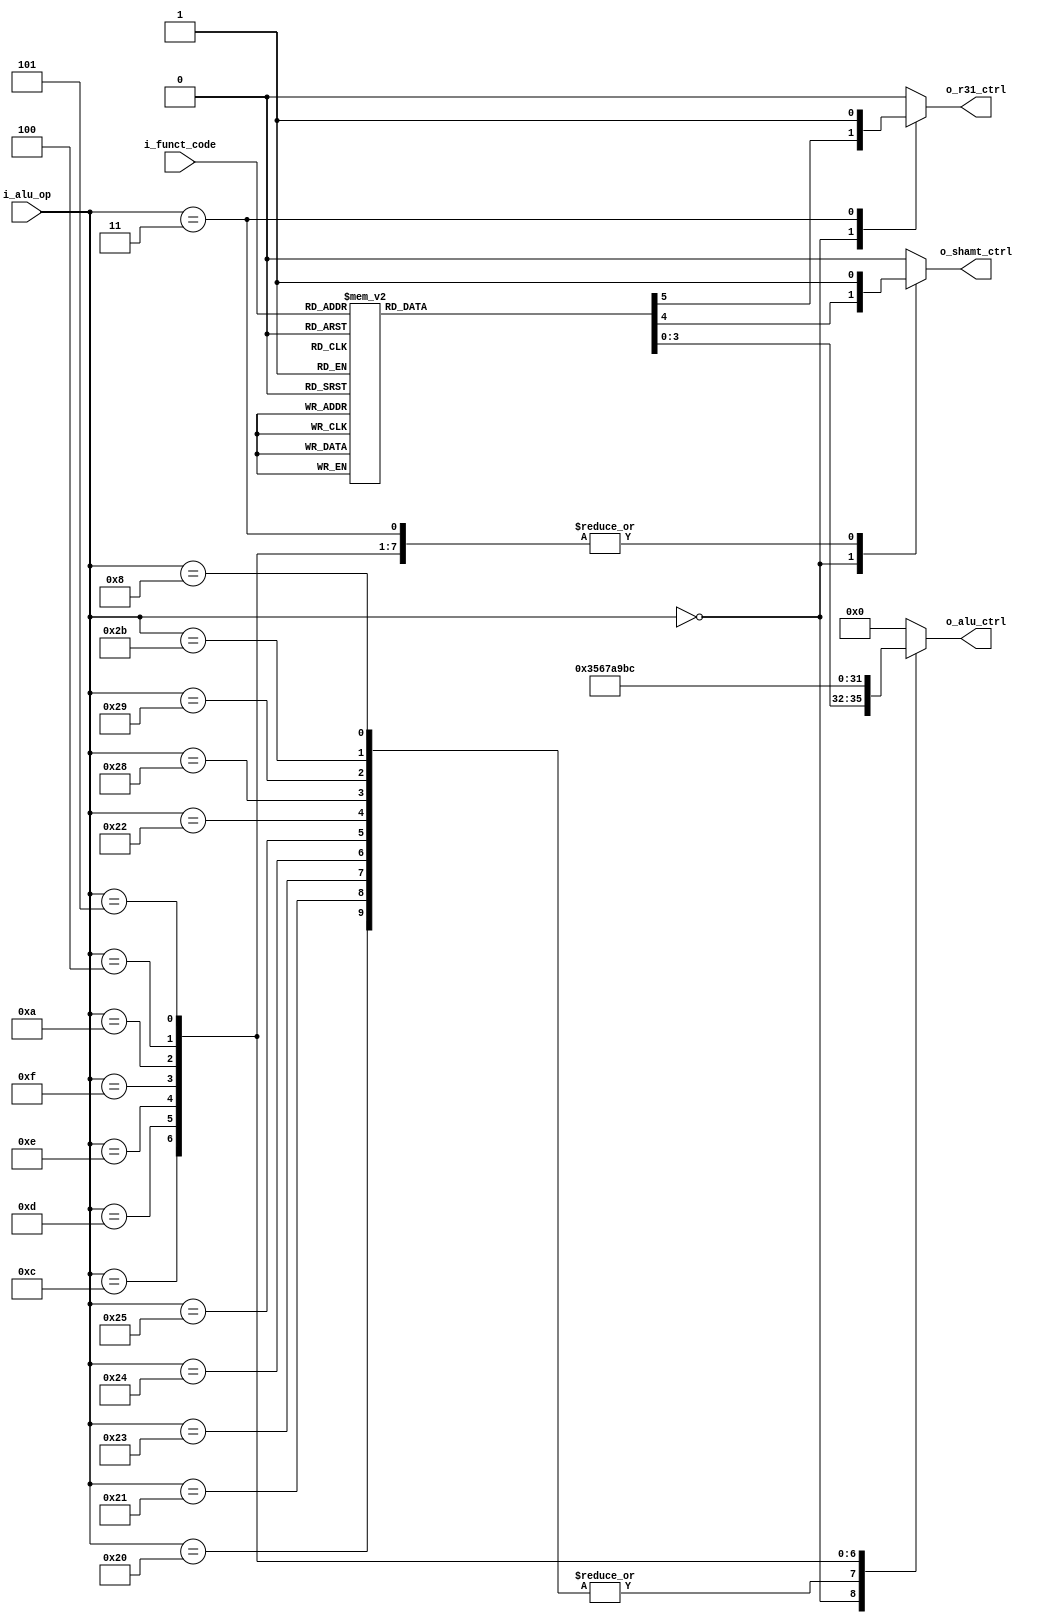
module alu_control#(
        parameter   NB_FCODE        = 6,
        parameter   NB_OPCODE       = 6,
        parameter   NB_ALU_CTRLI    = 4,
        //Function codes
        parameter   SLL_FCODE   = 6'h00,
        parameter   SRL_FCODE   = 6'h02,
        parameter   SRA_FCODE   = 6'h03,
        parameter   SLLV_FCODE  = 6'h04,
        parameter   SRLV_FCODE  = 6'h06,
        parameter   SRAV_FCODE  = 6'h07,
        parameter   JALR_FCODE  = 6'h09,
        parameter   ADD_FCODE   = 6'h20,
        parameter   ADDU_FCODE  = 6'h21,
        parameter   SUB_FCODE   = 6'h22,
        parameter   SUBU_FCODE  = 6'h23,
        parameter   AND_FCODE   = 6'h24,
        parameter   OR_FCODE    = 6'h25,
        parameter   XOR_FCODE   = 6'h26,
        parameter   NOR_FCODE   = 6'h27,
        parameter   SLT_FCODE   = 6'h2a,
        //Instruction OPCODEs
        parameter   RTYPE_OPCODE    = 6'h00,
        parameter   JAL_OPCODE      = 6'h03, // JTYPE JAL
        parameter   BEQ_OPCODE      = 6'h04, // ITYPE BEQ
        parameter   BNE_OPCODE      = 6'h05, // ITYPE BNE
        parameter   ADDI_OPCODE     = 6'h08, // ITYPE ADDI
        parameter   SLTI_OPCODE     = 6'h0a, // ITYPE SLTI
        parameter   ANDI_OPCODE     = 6'h0c, // ITYPE ANDI
        parameter   ORI_OPCODE      = 6'h0d, // ITYPE ORI
        parameter   XORI_OPCODE     = 6'h0e, // ITYPE XORI
        parameter   LUI_OPCODE      = 6'h0f, // ITYPE LUI
        parameter   LB_OPCODE       = 6'h20, // ITYPE LB
        parameter   LH_OPCODE       = 6'h21, // ITYPE LH
        parameter   LHU_OPCODE      = 6'h22, // ITYPE LHU
        parameter   LW_OPCODE       = 6'h23, // ITYPE LW
        parameter   LWU_OPCODE      = 6'h24, // ITYPE LWU
        parameter   LBU_OPCODE      = 6'h25, // ITYPE LBU
        parameter   SB_OPCODE       = 6'h28, // ITYPE SB
        parameter   SH_OPCODE       = 6'h29, // ITYPE SH
        parameter   SW_OPCODE       = 6'h2b  // ITYPE SW
    )
    (
        input      [NB_FCODE-1     : 0] i_funct_code, // Codigo de funcion para instrucciones tipo R
        input      [NB_OPCODE-1    : 0] i_alu_op,     // opcode
        output reg [NB_ALU_CTRLI-1 : 0] o_alu_ctrl,   // Senial que indica a la ALU que tipo de operacion ejecutar
        output reg                      o_shamt_ctrl, // Senial de MUX: 0 -> shamt  1 -> data_a
        output reg                      o_r31_ctrl    // Senial que selecciona registro R31 para que se guarde el PC
    );
    
    always@(*) begin
        // Inicializacion para que no se produzca un inferred latch
        o_alu_ctrl = 4'h00;
        o_shamt_ctrl = 1'b0;
        o_r31_ctrl = 1'b0;

        case(i_alu_op)
            RTYPE_OPCODE: begin
                case(i_funct_code)
                        SLL_FCODE   : begin
                            o_alu_ctrl = 4'h00;
                            o_shamt_ctrl = 1'b0; // Elige shamt
                            o_r31_ctrl = 1'b0;
                        end 
                        SRL_FCODE   : begin
                            o_alu_ctrl = 4'h01;
                            o_shamt_ctrl = 1'b0; // Elige shamt
                            o_r31_ctrl = 1'b0;
                        end
                        SRA_FCODE   : begin
                            o_alu_ctrl = 4'h02;
                            o_shamt_ctrl = 1'b0; // Elige shamt
                            o_r31_ctrl = 1'b0;
                        end
                        SLLV_FCODE  : begin
                            o_alu_ctrl = 4'h00;
                            o_shamt_ctrl = 1'b1; // Elige data_a (rs)
                            o_r31_ctrl = 1'b0;
                        end
                        SRLV_FCODE  : begin
                            o_alu_ctrl = 4'h01;
                            o_shamt_ctrl = 1'b1; // Elige data_a (rs)
                            o_r31_ctrl = 1'b0;
                        end
                        SRAV_FCODE  : begin
                            o_alu_ctrl = 4'h02;
                            o_shamt_ctrl = 1'b1; // Elige data_a (rs)
                            o_r31_ctrl = 1'b0;
                        end
                        ADD_FCODE   : begin
                            o_alu_ctrl = 4'h03;
                            o_shamt_ctrl = 1'b1; // Elige data_a
                            o_r31_ctrl = 1'b0;
                        end
                        ADDU_FCODE  : begin
                            o_alu_ctrl = 4'h03;
                            o_shamt_ctrl = 1'b1; // Elige data_a
                            o_r31_ctrl = 1'b0;
                        end
                        SUB_FCODE   : begin
                            o_alu_ctrl = 4'h04;
                            o_shamt_ctrl = 1'b1; // Elige data_a
                            o_r31_ctrl = 1'b0;
                        end
                        SUBU_FCODE  : begin
                            o_alu_ctrl = 4'h04;
                            o_shamt_ctrl = 1'b1; // Elige data_a
                            o_r31_ctrl = 1'b0;
                        end
                        AND_FCODE   : begin
                            o_alu_ctrl = 4'h05;
                            o_shamt_ctrl = 1'b1; // Elige data_a
                            o_r31_ctrl = 1'b0;
                        end
                        OR_FCODE    : begin
                            o_alu_ctrl = 4'h06;
                            o_shamt_ctrl = 1'b1; // Elige data_a
                            o_r31_ctrl = 1'b0;
                        end
                        XOR_FCODE   : begin
                            o_alu_ctrl = 4'h07;
                            o_shamt_ctrl = 1'b1; // Elige data_a
                            o_r31_ctrl = 1'b0;
                        end
                        NOR_FCODE   : begin
                            o_alu_ctrl = 4'h08;
                            o_shamt_ctrl = 1'b1; // Elige data_a
                            o_r31_ctrl = 1'b0;
                        end
                        SLT_FCODE   : begin
                            o_alu_ctrl = 4'h09;
                            o_shamt_ctrl = 1'b1; // Elige data_a
                            o_r31_ctrl = 1'b0;
                        end
                        JALR_FCODE  : begin
                            o_alu_ctrl = 4'h00;
                            o_shamt_ctrl = 1'b0;
                            o_r31_ctrl = 1'b1;
                        end
                        default     : begin
                            o_alu_ctrl = o_alu_ctrl;
                            o_shamt_ctrl = o_shamt_ctrl;
                            o_r31_ctrl = o_r31_ctrl;
                        end                      
                endcase
            end       
            LB_OPCODE   : begin
                o_alu_ctrl = 4'h03;  // INSTRUCCION ITYPE - ADDI -> ADD de ALU
                o_shamt_ctrl = 1'b1; // Elige data_a
                o_r31_ctrl = 1'b0;
            end
            LH_OPCODE   : begin
                o_alu_ctrl = 4'h03;
                o_shamt_ctrl = 1'b1; // Elige data_a
                o_r31_ctrl = 1'b0;
            end
            LW_OPCODE   : begin
                o_alu_ctrl = 4'h03;
                o_shamt_ctrl = 1'b1; // Elige data_a
                o_r31_ctrl = 1'b0;
            end
            LWU_OPCODE  : begin
                o_alu_ctrl = 4'h03;
                o_shamt_ctrl = 1'b1; // Elige data_a
                o_r31_ctrl = 1'b0;
            end
            LBU_OPCODE  : begin
                o_alu_ctrl = 4'h03;
                o_shamt_ctrl = 1'b1; // Elige data_a
                o_r31_ctrl = 1'b0;
            end
            LHU_OPCODE  : begin
                o_alu_ctrl = 4'h03;
                o_shamt_ctrl = 1'b1; // Elige data_a
                o_r31_ctrl = 1'b0;
            end
            SB_OPCODE   : begin
                o_alu_ctrl = 4'h03;
                o_shamt_ctrl = 1'b1; // Elige data_a
                o_r31_ctrl = 1'b0;
            end
            SH_OPCODE   : begin
                o_alu_ctrl = 4'h03;
                o_shamt_ctrl = 1'b1; // Elige data_a
                o_r31_ctrl = 1'b0;
            end
            SW_OPCODE   : begin
                o_alu_ctrl = 4'h03;
                o_shamt_ctrl = 1'b1; // Elige data_a
                o_r31_ctrl = 1'b0;
            end
            ADDI_OPCODE : begin
                o_alu_ctrl = 4'h03;
                o_shamt_ctrl = 1'b1; // Elige data_a
                o_r31_ctrl = 1'b0;
            end
            ANDI_OPCODE : begin
                o_alu_ctrl = 4'h05;
                o_shamt_ctrl = 1'b1; // Elige data_a
                o_r31_ctrl = 1'b0;
            end
            ORI_OPCODE  : begin
                o_alu_ctrl = 4'h06;
                o_shamt_ctrl = 1'b1; // Elige data_a
                o_r31_ctrl = 1'b0;
            end
            XORI_OPCODE : begin
                o_alu_ctrl = 4'h07;
                o_shamt_ctrl = 1'b1; // Elige data_a
                o_r31_ctrl = 1'b0;
            end
            LUI_OPCODE  : begin
                o_alu_ctrl = 4'h0a;
                o_shamt_ctrl = 1'b1; // Elige data_a
                o_r31_ctrl = 1'b0;
            end
            SLTI_OPCODE : begin
                o_alu_ctrl = 4'h09;
                o_shamt_ctrl = 1'b1; // Elige data_a
                o_r31_ctrl = 1'b0;
            end
            BEQ_OPCODE  : begin
                o_alu_ctrl = 4'h0b;
                o_shamt_ctrl = 1'b1; // Elige data_a
                o_r31_ctrl = 1'b0;
            end
            BNE_OPCODE  : begin
                o_alu_ctrl = 4'h0c;
                o_shamt_ctrl = 1'b1; // Elige data_a
                o_r31_ctrl = 1'b0;
            end
            JAL_OPCODE  : begin
                o_alu_ctrl = 4'h00;
                o_shamt_ctrl = 1'b1;
                o_r31_ctrl = 1'b1;
            end
            default     : begin
                o_alu_ctrl = o_alu_ctrl;
                o_shamt_ctrl = o_shamt_ctrl;
                o_r31_ctrl = o_r31_ctrl;
            end
        endcase
    end
    
endmodule